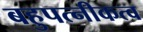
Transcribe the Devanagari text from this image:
बहुपत्नीकत्व